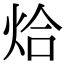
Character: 烚